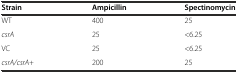
<table><thead><tr><td><b>Strain</b></td><td><b>Ampicillin</b></td><td><b>Spectinomycin</b></td></tr></thead><tbody><tr><td>WT</td><td>400</td><td>25</td></tr><tr><td><i>csrA</i></td><td>25</td><td>&lt;6.25</td></tr><tr><td>VC</td><td>25</td><td>&lt;6.25</td></tr><tr><td><i>csrA/csrA+</i></td><td>200</td><td>25</td></tr></tbody></table>